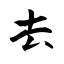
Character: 去